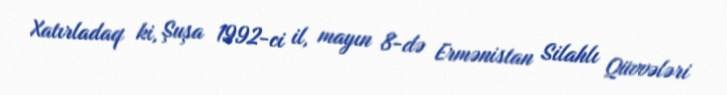
Xatırladaq ki, Şuşa 1992-ci il, mayın 8-də Ermənistan Silahlı Qüvvələri